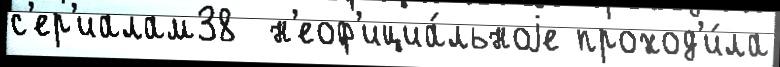
с'ер'иалам38  н'еоф'ициа́льноjе проход'и́ла